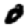
Digit: 0